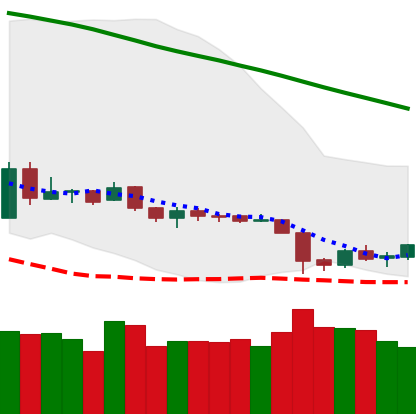
Ticker: ETH-USD
Chart end date: 2019-02-02
Forward return: -5.338%
Label: down_5_7